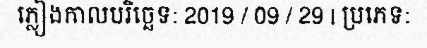
ភ្លៀងកាលបរិច្ឆេទ: 2019 / 09 / 29 | ប្រភេទ: